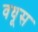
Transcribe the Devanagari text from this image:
वधूस